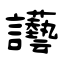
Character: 讛